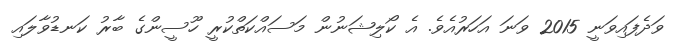
ވަދެފައިވަނީ 2015 ވަނަ އަހަރުއެވެ. އެ ކޯލިޝަނުން މަސައްކަތްކުރީ ހޫސީންގެ ބާރު ކަނޑުވާލައި